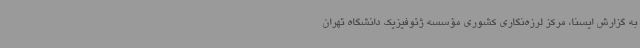
به گزارش ایسنا، مرکز لرزه‌نگاری کشوری مؤسسه ژئوفیزیک دانشگاه تهران